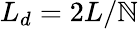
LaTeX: L_{d}=2L/\mathbb{N}